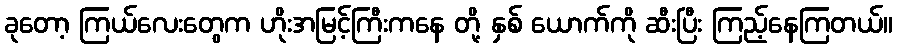
ခုတော့ ကြယ်လေးတွေက ဟိုးအမြင့်ကြီးကနေ တို့ နှစ် ယောက်ကို ဆီးပြီး ကြည့်နေကြတယ်။